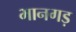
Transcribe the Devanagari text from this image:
भानगड़